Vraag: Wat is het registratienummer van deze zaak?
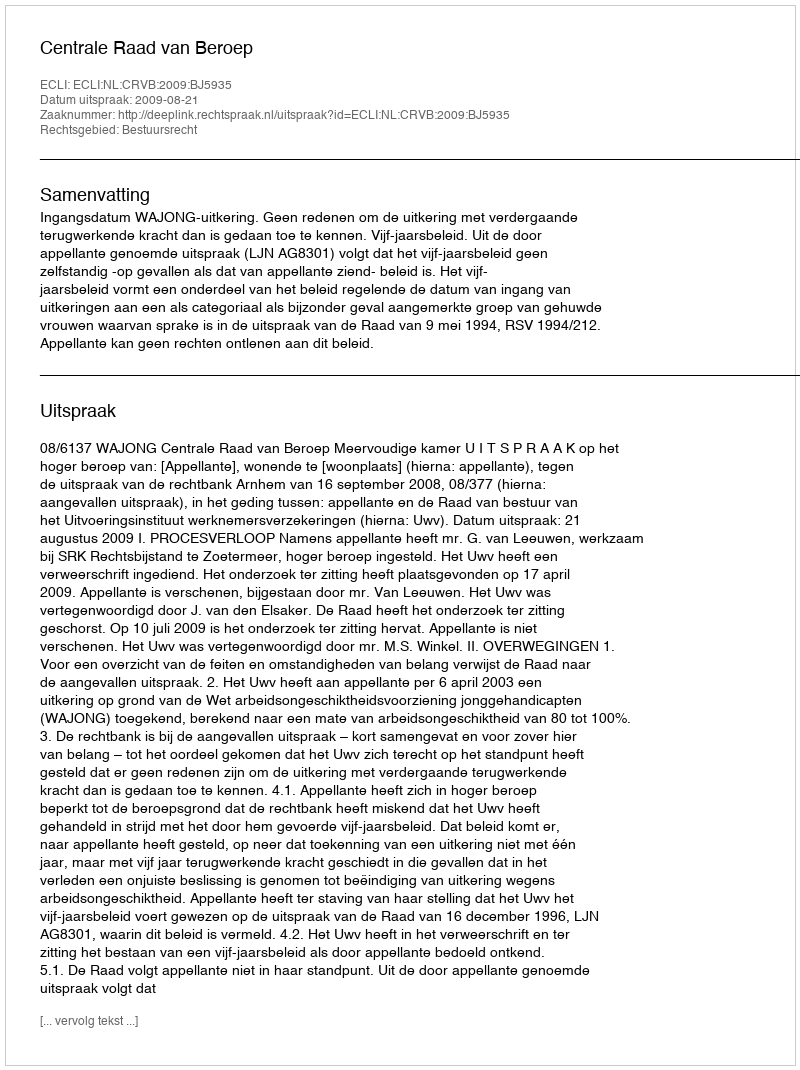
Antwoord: http://deeplink.rechtspraak.nl/uitspraak?id=ECLI:NL:CRVB:2009:BJ5935